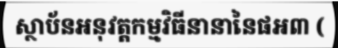
ស្ថាប័នអនុវត្តកម្មវិធីនានានៃផអ៣ (